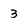
Character: 3